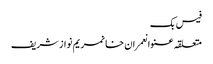
فیس بک
متعلقہ عنوانعمران خانمریم نواز شریف